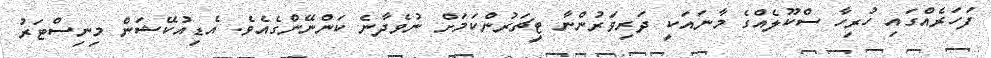
ފަހަރެއްގައި ހުރިހާ ސްކޫލެއްގެ މާނައަކީ ދަރިވަރުންނާ ޓީޗަރުންކަމަށް ނުވެދާނެ ކަންނޭންގެއެވެ. އެޑިއުކޭޝަން މިނިސްޓަރު